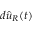
d { \hat { u } } _ { R } ( t )